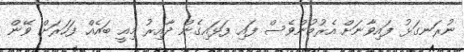
ނުރަނގަޅު ފައިވާނަށް އެރުމުންވެސް ފައި ފަޅައިގެން ދާއިރު މިއީ ބައެއް ފަހަރަށް ވޭން